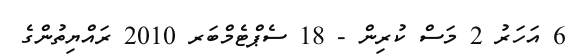
6 އަހަރު 2 މަސް ކުރިން - 18 ސެޕްޓެމްބަރ 2010 ރައްޔިތުންގެ